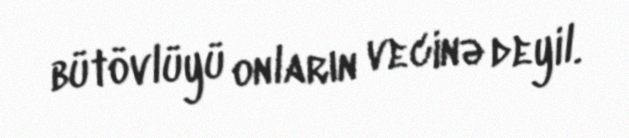
bütövlüyü onların vecinə deyil.